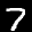
Label: 7